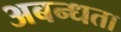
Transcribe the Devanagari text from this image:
अबन्धता